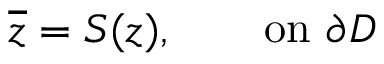
\overline { { z } } = S ( z ) , \qquad \mathrm { o n } ~ \partial D